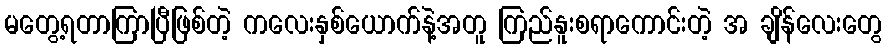
မတွေ့ရတာကြာပြီဖြစ်တဲ့ ကလေးနှစ်ယောက်နဲ့အတူ ကြည်နူးစရာကောင်းတဲ့ အ ချိန်လေးတွေ